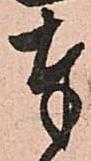
奉